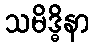
သမိဒ္ဓိနာ